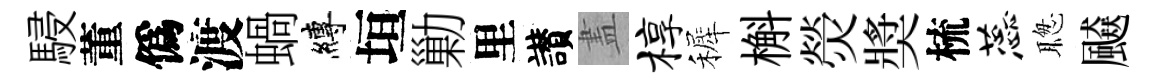
駸董僞渡蝸縛垣勦里讃𥁞椁裤槲熒奬梳蕊聦飇